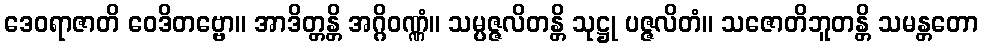
ဒေဝရာဇာတိ ဝေဒိတဗ္ဗော။ အာဒိတ္တန္တိ အဂ္ဂိဝဏ္ဏံ။ သမ္ပဇ္ဇလိတန္တိ သုဋ္ဌု ပဇ္ဇလိတံ။ သဇောတိဘူတန္တိ သမန္တတော